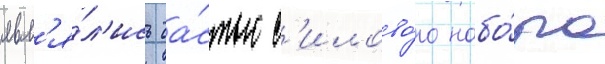
явл'я́л'ись ча́стью с'илово́го набо́ра